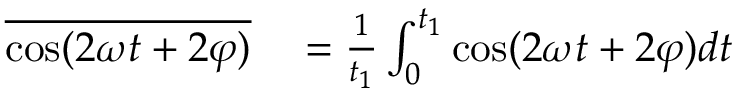
\begin{array} { r l } { \overline { { \cos ( 2 \omega t + 2 \varphi ) } } } & { { } = \frac 1 { t _ { 1 } } \int _ { 0 } ^ { t _ { 1 } } \cos ( 2 \omega t + 2 \varphi ) d t } \end{array}